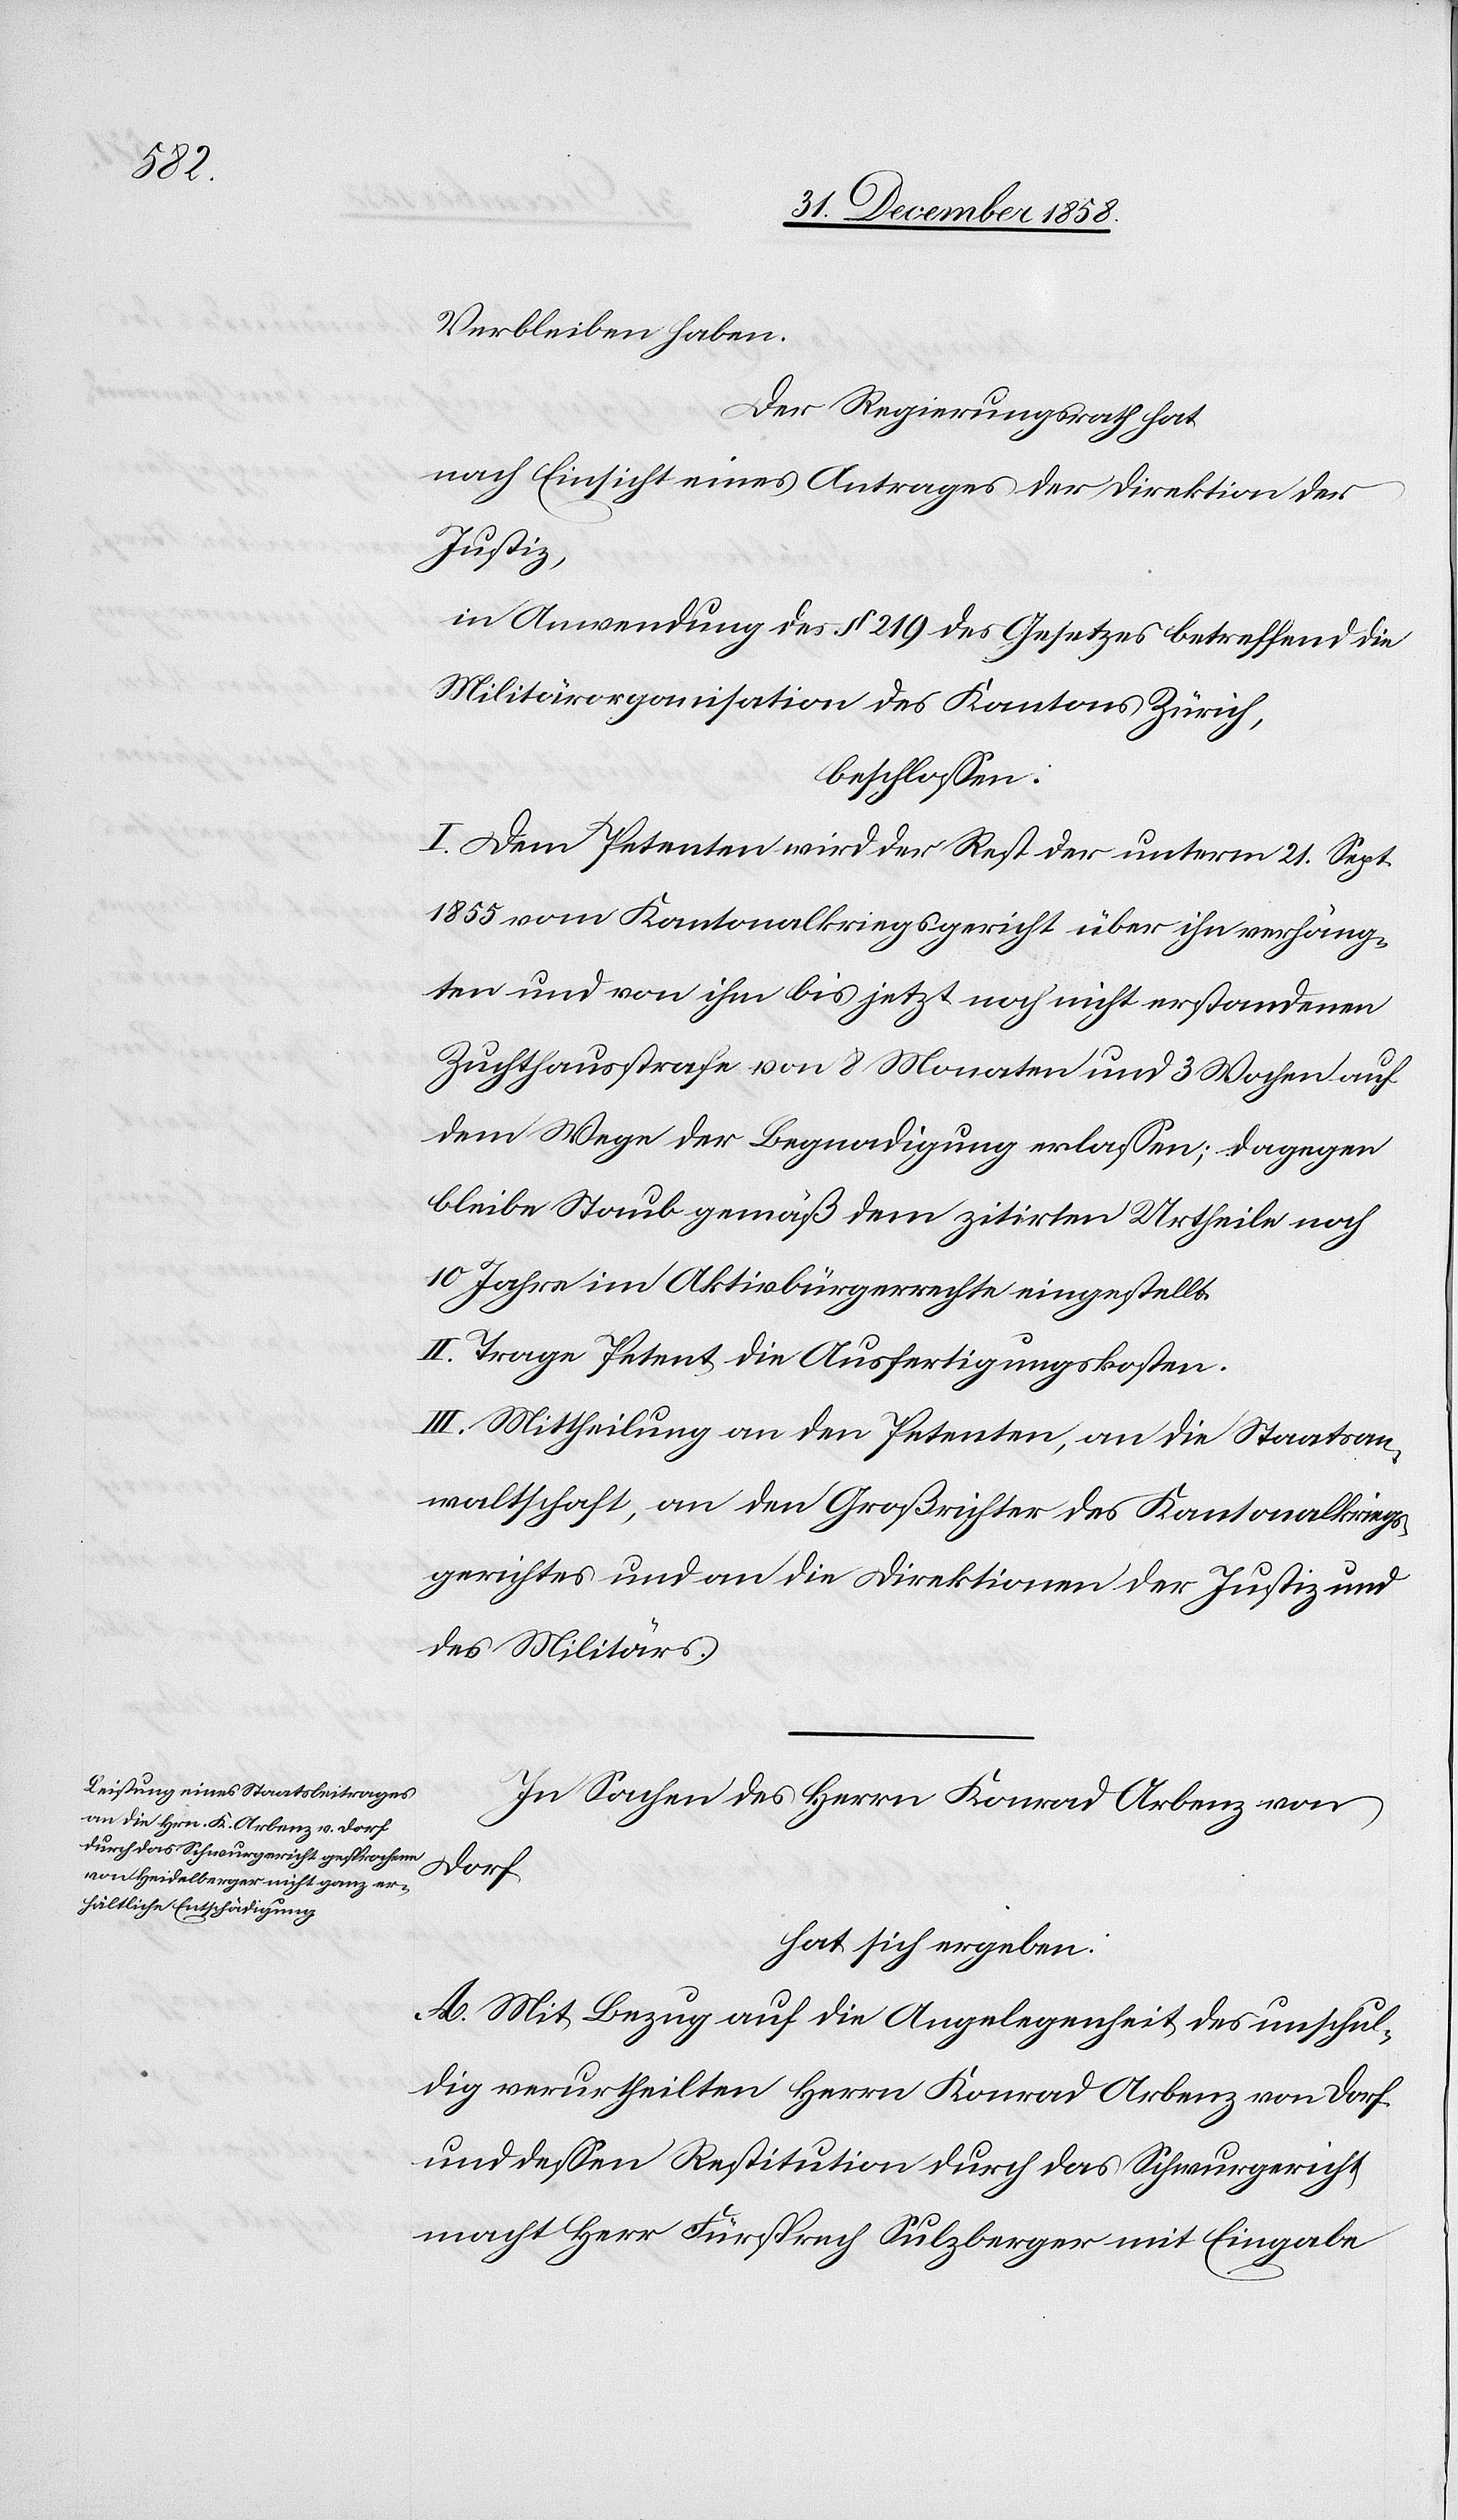
Verbleiben haben.
Der Regierungsrath hat
nach Einsicht eines Antrages der Direktion der
Justiz,
in Anwendung des § 219 des Gesetzes betreffend die
Militärorganisation des Kantons Zürich,
beschlossen:
I. Dem Petenten wird der Rest der unterm 21. Sept.
1855 vom Kantonalkriegsgericht über ihn verhäng¬
ten und von ihm bis jetzt noch nicht erstandenen
Zuchthausstrafe von 8 Monaten und 3 Wochen auf
dem Wege der Begnadigung erlassen; dagegen
bleibe Staub gemäß dem zitirten Urtheile noch
10 Jahre im Aktivbürgerrechte eingestellt.
II. Trage Petent die Ausfertigungskosten.
III. Mittheilung an den Petenten, an die Staatsan¬
waltschaft, an den Großrichter des Kantonalkriegs¬
gerichtes und an die Direktionen der Justiz und
des Militärs.
In Sachen des Herrn Konrad Arbenz von
Dorf
hat sich ergeben:
A. Mit Bezug auf die Angelegenheit des unschul¬
dig verurtheilten Herrn Konrad Arbenz von Dorf
und dessen Restitution durch das Schwurgericht
macht Herr Fürsprech Sulzberger mit Eingabe